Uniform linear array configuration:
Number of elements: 8
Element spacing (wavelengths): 0.25
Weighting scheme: kaiser
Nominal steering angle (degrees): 30
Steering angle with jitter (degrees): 30.509
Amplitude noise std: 0.05
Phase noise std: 0.05

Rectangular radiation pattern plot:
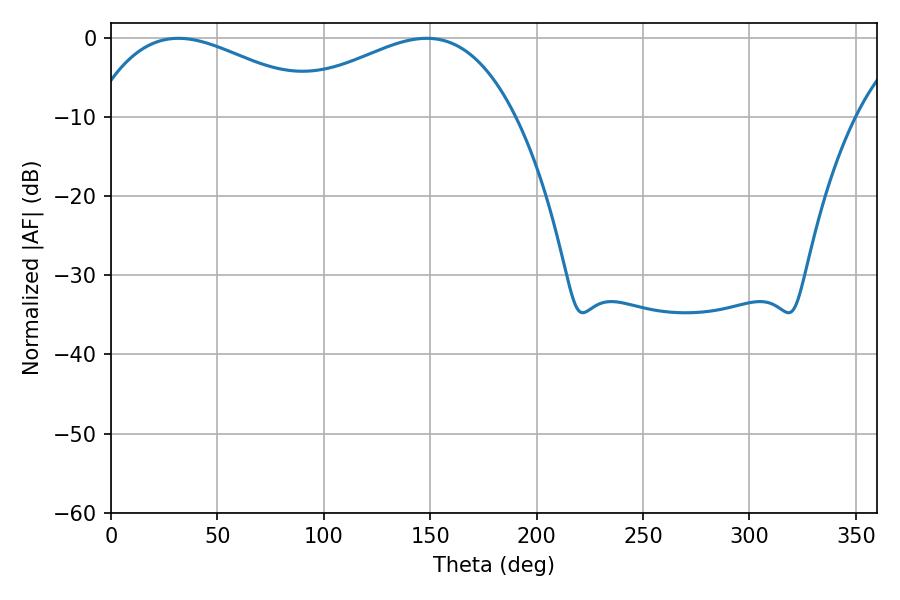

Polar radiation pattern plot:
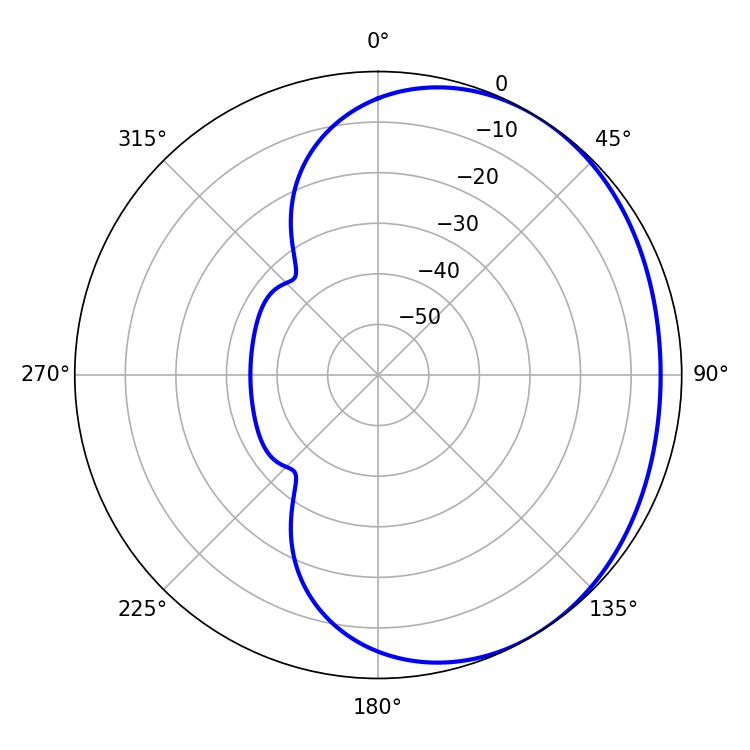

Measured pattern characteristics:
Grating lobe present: FALSE
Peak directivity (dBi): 1.953
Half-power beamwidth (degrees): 61.2
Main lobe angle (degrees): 31.68